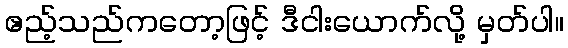
ဧည့်သည်ကတော့ဖြင့် ဒီငါးယောက်လို့ မှတ်ပါ။